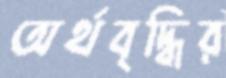
অর্থবৃদ্ধির